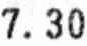
7.30